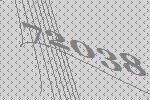
72038